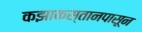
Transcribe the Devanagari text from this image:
कझाकस्तानपासून